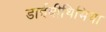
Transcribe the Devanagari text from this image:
डाईस्रीथिमिया